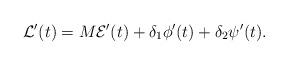
LaTeX: \begin{align*}\mathcal{L}'(t)=M\mathcal{E}'(t)+\delta_1\phi'(t)+\delta_2\psi'(t).\end{align*}